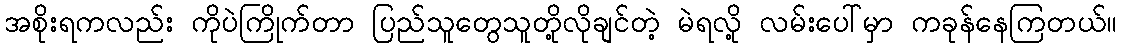
အစိုးရကလည်း ကိုပဲကြိုက်တာ ပြည်သူတွေသူတို့လိုချင်တဲ့ မဲရလို့ လမ်းပေါ်မှာ ကခုန်နေကြတယ်။